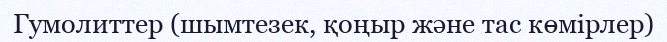
Гумолиттер (шымтезек, қоңыр және тас көмірлер)